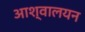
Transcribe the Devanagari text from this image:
आश्वालयन